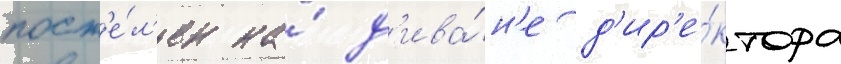
пост'е́л'ен на́ д'ива́н'е д'ир'е́ктора